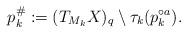
LaTeX: \begin{align*}{}p_k^{\#} := (T_{M_k}X)_q \setminus \tau_k(p_k^{\circ a}).\end{align*}